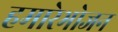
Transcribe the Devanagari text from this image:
हमारेभोजन